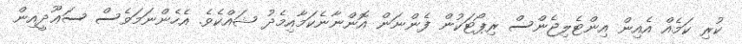
ކުރި ކަމެއް އެއިން އިންޓެލިޖެންސް ރިޕޯޓަކުން ފެންނަން އޮންނާނެކަމާއިމެދު ޝައްކެވެ. އެހެންނަމަވެސް ސަޢޫދީއިން